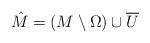
LaTeX: \begin{align*}\hat M = (M\setminus \Omega) \cup \overline U\end{align*}